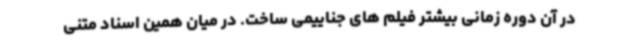
در آن دوره زمانی بیشتر فیلم های جناییمی ساخت. در میان همین اسناد متنی